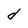
Character: d